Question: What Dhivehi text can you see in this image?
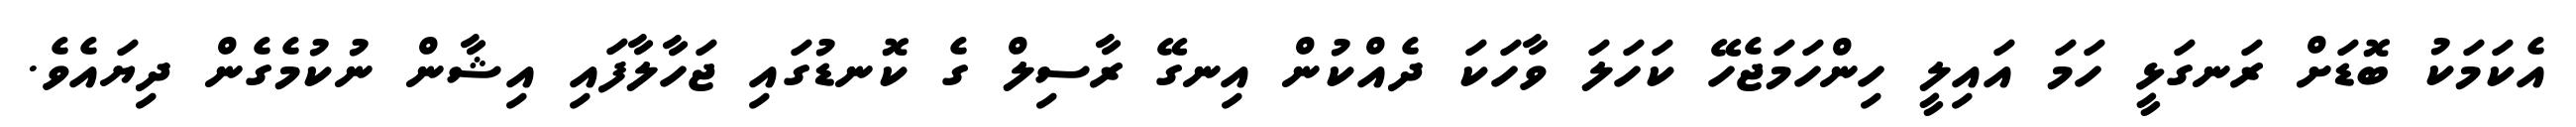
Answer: އެކަމަކު ބޮޑަށް ރަނގަޅީ ހަމަ އައިލީ ހިންހަމަޖެހޭ ކަހަލަ ވާހަކަ ދެއްކުން އިނގޭ ރާސިލް ގެ ކޮނޑުގައި ޖަހާލާފައި އިޝާން ނުކުމެގެން ދިޔައެވެ.